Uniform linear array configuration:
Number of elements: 4
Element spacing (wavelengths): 0.5
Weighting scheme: exponential
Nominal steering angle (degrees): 45
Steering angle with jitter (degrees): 44.221
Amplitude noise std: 0.05
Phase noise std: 0.05

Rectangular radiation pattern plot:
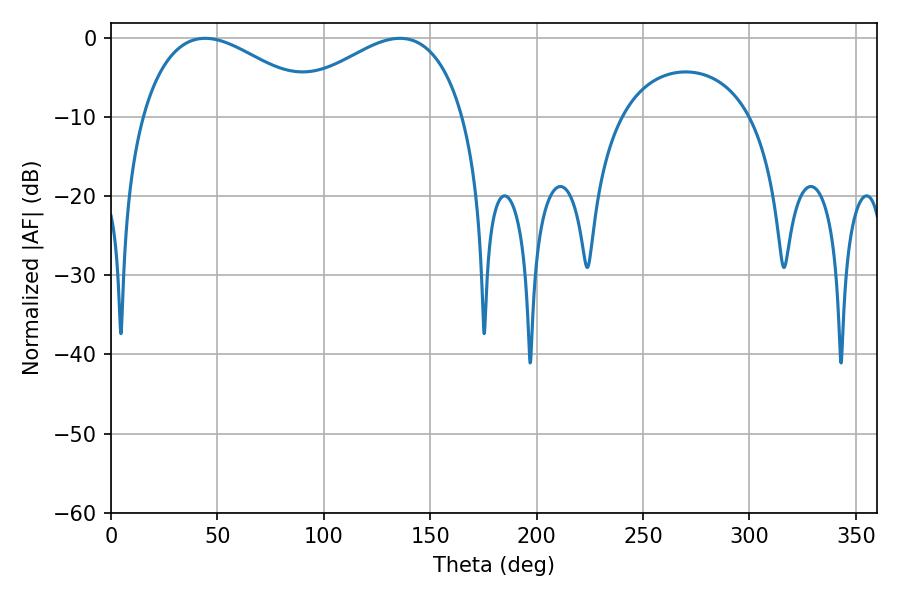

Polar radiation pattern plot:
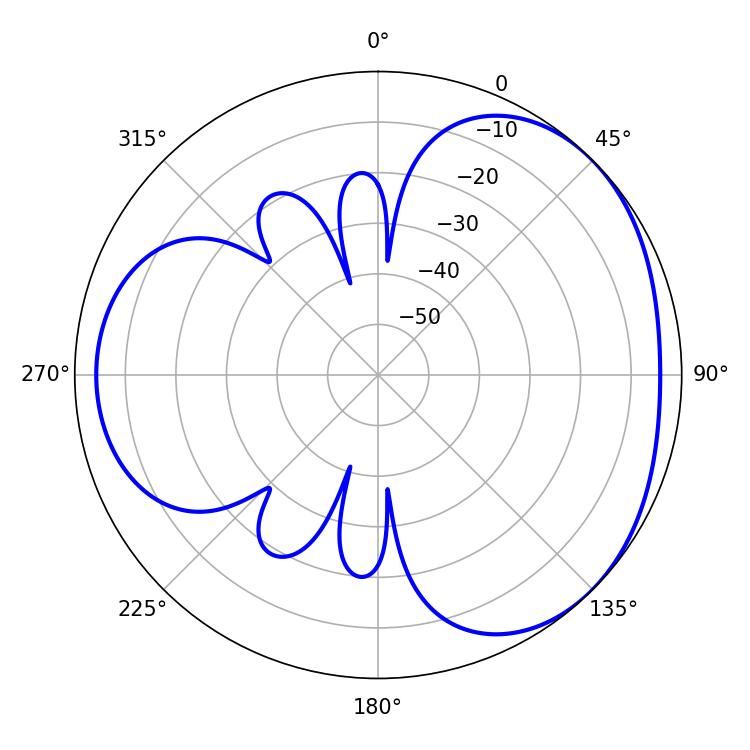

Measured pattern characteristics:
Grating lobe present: FALSE
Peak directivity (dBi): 3.264
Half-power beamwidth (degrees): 46.62
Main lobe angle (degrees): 44.28